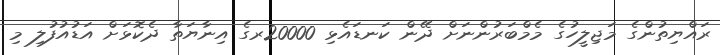
ރައްޔިތުންގެ މަޖިލީހުގެ މެމްބަރުންނަށް ދޭން ކަނޑައެޅި 20000ރގެ އިނާޔަތާ ދެކޮޅަށް އަޑުއުފުލި މި